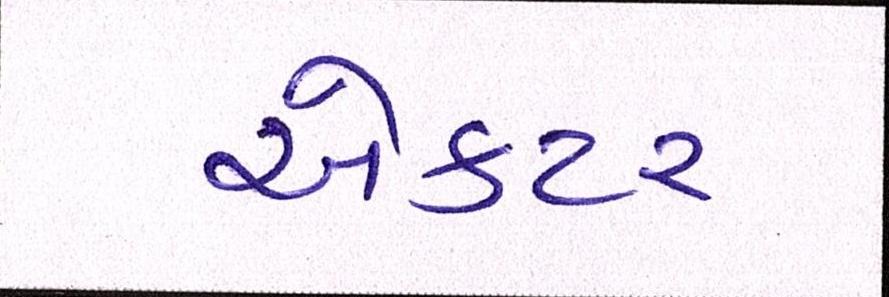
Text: એકટર